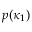
p ( \kappa _ { 1 } )